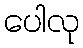
ပေါလု